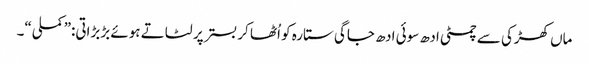
ماں کھڑکی سے چمٹی ادھ سوئی ادھ جاگی ستارہ کو اُٹھا کر بستر پر لٹاتے ہوئے بڑبڑاتی:”کملی“۔